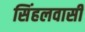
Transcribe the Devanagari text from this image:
सिंहलवासी